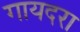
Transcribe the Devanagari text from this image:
गायदरा